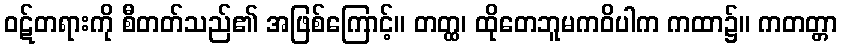
ဝဋ်တရားကို စီတတ်သည်၏ အဖြစ်ကြောင့်။ တတ္ထ၊ ထိုတေဘူမကဝိပါက ကထာ၌။ ကတတ္တာ